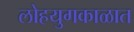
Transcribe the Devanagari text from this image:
लोहयुगकाळात